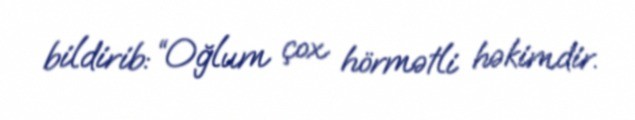
bildirib: “Oğlum çox hörmətli həkimdir.